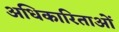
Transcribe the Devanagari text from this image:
अधिकारिताओं